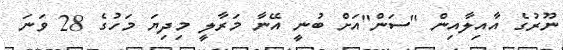
ނޫރުގެ އާއިލާއިން "ސަން"އަށް ބުނީ އޭނާ މަރާލީ މިދިޔަ މަހުގެ 28 ވަނަ